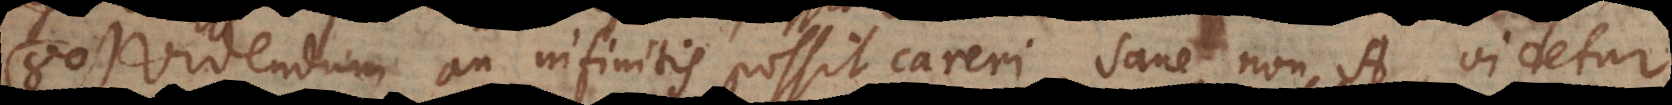
80) Videndum an infinitis possit careri, sane non‐A videtur